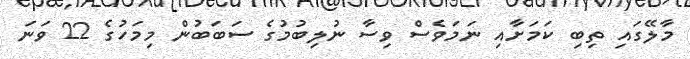
މާލޭގައި ތިބި ކަމަށާއި ނަމަވެސް ވިސާ ނުލިބުމުގެ ސަބަބުން މިމަހުގެ 22 ވަނަ